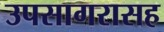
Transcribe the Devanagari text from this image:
उपसागरासह